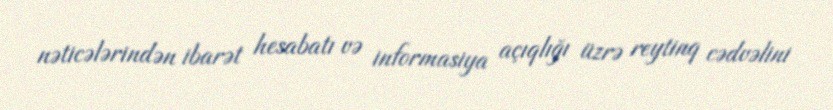
nəticələrindən ibarət hesabatı və informasiya açıqlığı üzrə reytinq cədvəlini